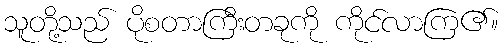
သူတို့သည် ပိုစတာကြီးတခုကို ကိုင်လာကြ၏။